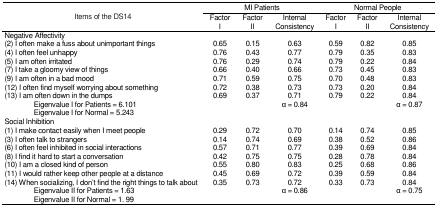
<table><thead><tr><td rowspan="2"><b>Items of the DS14</b></td><td colspan="3"><b>MI Patients</b></td><td colspan="3"><b>Normal People</b></td></tr><tr><td><b>FactorI</b></td><td><b>FactorII</b></td><td><b>InternalConsistency</b></td><td><b>FactorI</b></td><td><b>FactorII</b></td><td><b>InternalConsistency</b></td></tr></thead><tbody><tr><td>Negative Affectivity</td><td></td><td></td><td></td><td></td><td></td><td></td></tr><tr><td>(2) I often make a fuss about unimportant things</td><td>0.65</td><td>0.15</td><td>0.63</td><td>0.59</td><td>0.82</td><td>0.85</td></tr><tr><td>(4) I often feel unhappy</td><td>0.76</td><td>0.43</td><td>0.77</td><td>0.79</td><td>0.35</td><td>0.83</td></tr><tr><td>(5) I am often irritated</td><td>0.76</td><td>0.29</td><td>0.74</td><td>0.79</td><td>0.22</td><td>0.84</td></tr><tr><td>(7) I take a gloomy view of things </td><td>0.66</td><td>0.40</td><td>0.66</td><td>0.73</td><td>0.45</td><td>0.83</td></tr><tr><td>(9) I am often in a bad mood</td><td>0.71</td><td>0.59</td><td>0.75</td><td>0.70</td><td>0.48</td><td>0.83</td></tr><tr><td>(12) I often find myself worrying about something</td><td>0.72</td><td>0.38</td><td>0.73</td><td>0.73</td><td>0.20</td><td>0.84</td></tr><tr><td>(13) I am often down in the dumps</td><td>0.69</td><td>0.37</td><td>0.71</td><td>0.79</td><td>0.22</td><td>0.84</td></tr><tr><td>Eigenvalue I for Patients = 6.101Eigenvalue I for Normal = 5.243</td><td></td><td></td><td>α = 0.84 </td><td></td><td></td><td>α = 0.87</td></tr><tr><td>Social Inhibition</td><td></td><td></td><td></td><td></td><td></td><td></td></tr><tr><td>(1) I make contact easily when I meet people</td><td>0.29</td><td>0.72</td><td>0.70</td><td>0.14</td><td>0.74</td><td>0.85</td></tr><tr><td>(3) I often talk to strangers</td><td>0.14</td><td>0.74</td><td>0.69</td><td>0.38</td><td>0.52</td><td>0.86</td></tr><tr><td>(6) I often feel inhibited in social interactions</td><td>0.57</td><td>0.71</td><td>0.77</td><td>0.39</td><td>0.69</td><td>0.84</td></tr><tr><td>(8) I find it hard to start a conversation</td><td>0.42</td><td>0.75</td><td>0.75</td><td>0.28</td><td>0.78</td><td>0.84</td></tr><tr><td>(10) I am a closed kind of person</td><td>0.55</td><td>0.80</td><td>0.83</td><td>0.25</td><td>0.68</td><td>0.86</td></tr><tr><td>(11) I would rather keep other people at a distance</td><td>0.45</td><td>0.69</td><td>0.72</td><td>0.39</td><td>0.59</td><td>0.84</td></tr><tr><td>(14) When socializing, I don’t find the right things to talk about</td><td>0.35</td><td>0.73</td><td>0.72</td><td>0.33</td><td>0.73</td><td>0.84</td></tr><tr><td>Eigenvalue II for Patients = 1.63Eigenvalue II for Normal = 1. 99</td><td></td><td></td><td>α = 0.86 </td><td></td><td></td><td>α = 0.75</td></tr></tbody></table>